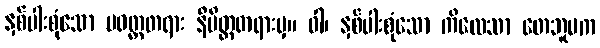
နှစ်ပါးစုံသော ပဝတ္တတရား နိမိတ္တတရားမှ။ ဝါ၊ နှစ်ပါးစုံသော ကိလေသာ တေဘူမက